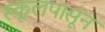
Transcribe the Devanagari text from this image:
स्कूलपासून